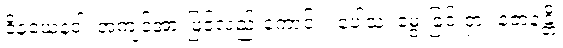
ဝိနယေနဝါ၊ အကျင့်အားဖြင့်လည်းကောင်း။ ပေါသံ၊ မွေးခြင်းငှာ။ နဇာနန္တိ၊